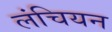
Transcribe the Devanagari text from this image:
लंचियन